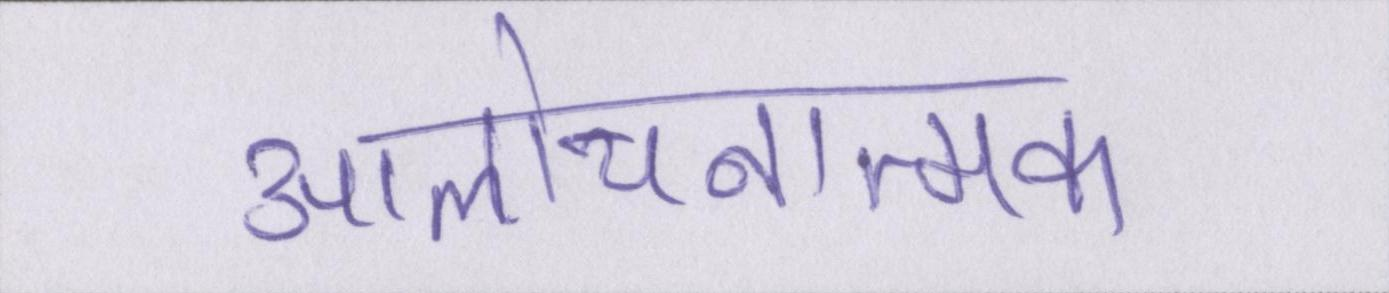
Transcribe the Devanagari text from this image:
आलोचनात्मक